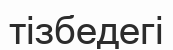
тізбедегі